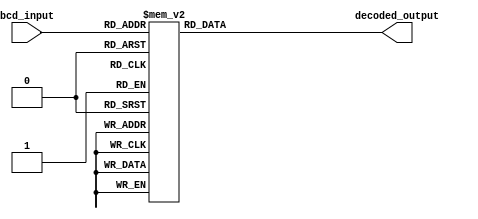
module bcd_decoder (
    input [3:0] bcd_input,
    output reg [6:0] decoded_output
);

always @(*) begin
    case(bcd_input)
        4'd0: decoded_output = 7'b0000001; //0
        4'd1: decoded_output = 7'b1001111; //1
        4'd2: decoded_output = 7'b0010010; //2
        4'd3: decoded_output = 7'b0000110; //3
        4'd4: decoded_output = 7'b1001100; //4
        4'd5: decoded_output = 7'b0100100; //5
        4'd6: decoded_output = 7'b0100000; //6
        4'd7: decoded_output = 7'b0001111; //7
        4'd8: decoded_output = 7'b0000000; //8
        4'd9: decoded_output = 7'b0000100; //9
        default: decoded_output = 7'b1111111; // unused inputs
    endcase
end

endmodule